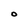
Character: O